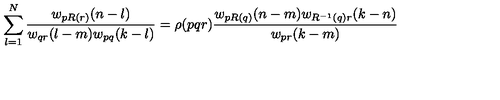
\sum _ { l = 1 } ^ { N } { \frac { w _ { p R ( r ) } ( n - l ) } { w _ { q r } ( l - m ) w _ { p q } ( k - l ) } } = \rho ( p q r ) { \frac { w _ { p R ( q ) } ( n - m ) w _ { R ^ { - 1 } ( q ) r } ( k - n ) } { w _ { p r } ( k - m ) } }